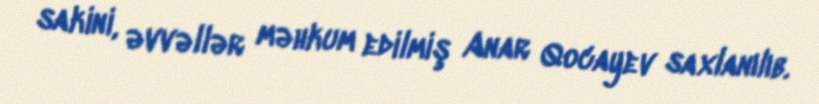
sakini, əvvəllər məhkum edilmiş Anar Qocayev saxlanılıb.